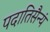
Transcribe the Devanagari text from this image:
पदातिसैन्यं